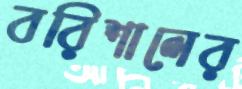
বরিশালের